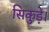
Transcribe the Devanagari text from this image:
सिकुड़े।